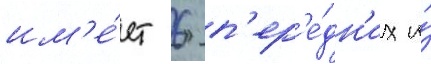
им'е́ет 6 п'ер'е́дн'их и́